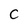
Character: C